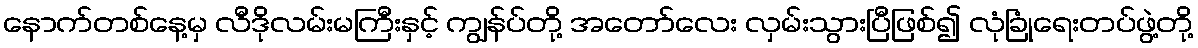
နောက်တစ်နေ့မှ လီဒိုလမ်းမကြီးနှင့် ကျွန်ပ်တို့ အတော်လေး လှမ်းသွားပြီဖြစ်၍ လုံခြုံရေးတပ်ဖွဲ့တို့